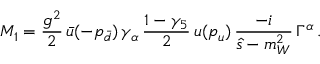
M _ { 1 } = \frac { g ^ { 2 } } { 2 } \, \bar { u } ( - p _ { \bar { d } } ) \, \gamma _ { \alpha } \, \frac { 1 - \gamma _ { 5 } } { 2 } \, u ( p _ { u } ) \, \frac { - i } { \hat { s } - m _ { W } ^ { 2 } } \, \Gamma ^ { \alpha } \, .